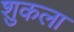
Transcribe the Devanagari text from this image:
शुकला